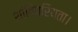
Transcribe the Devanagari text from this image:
शांतिप्रियता।